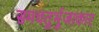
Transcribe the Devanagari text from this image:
समचतुर्भुजाकार